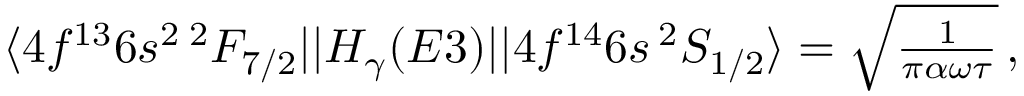
\begin{array} { r } { \langle 4 f ^ { 1 3 } 6 s ^ { 2 } \, ^ { 2 } F _ { 7 / 2 } | | H _ { \gamma } ( E 3 ) | | 4 f ^ { 1 4 } 6 s \, ^ { 2 } S _ { 1 / 2 } \rangle = \sqrt { \frac { 1 } { \pi \alpha \omega \tau } } \, , } \end{array}